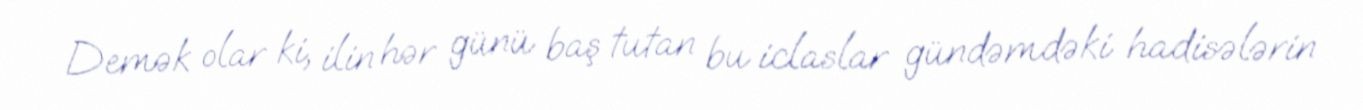
Demək olar ki, ilin hər günü baş tutan bu iclaslar gündəmdəki hadisələrin